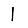
Digit: 1